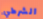
الشرطي